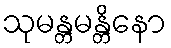
သုမန္တမန္တိနော